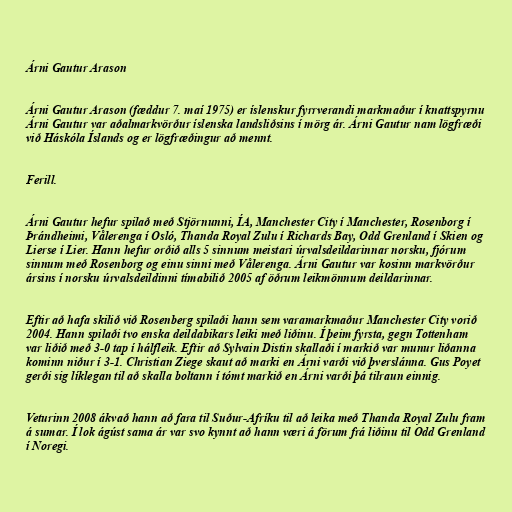
Árni Gautur Arason

Árni Gautur Arason (fæddur 7. maí 1975) er íslenskur fyrrverandi markmaður í knattspyrnu
Árni Gautur var aðalmarkvörður íslenska landsliðsins í mörg ár. Árni Gautur nam lögfræði
við Háskóla Íslands og er lögfræðingur að mennt.

Ferill.

Árni Gautur hefur spilað með Stjörnunni, ÍA, Manchester City í Manchester, Rosenborg í
Þrándheimi, Vålerenga í Osló, Thanda Royal Zulu í Richards Bay, Odd Grenland í Skien og
Lierse í Lier. Hann hefur orðið alls 5 sinnum meistari úrvalsdeildarinnar norsku, fjórum
sinnum með Rosenborg og einu sinni með Vålerenga. Árni Gautur var kosinn markvörður
ársins í norsku úrvalsdeildinni tímabilið 2005 af öðrum leikmönnum deildarinnar.

Eftir að hafa skilið við Rosenberg spilaði hann sem varamarkmaður Manchester City vorið
2004. Hann spilaði tvo enska deildabikars leiki með liðinu. Í þeim fyrsta, gegn Tottenham
var liðið með 3-0 tap í hálfleik. Eftir að Sylvain Distin skallaði í markið var munur liðanna
kominn niður í 3-1. Christian Ziege skaut að marki en Árni varði við þverslánna. Gus Poyet
gerði sig líklegan til að skalla boltann í tómt markið en Árni varði þá tilraun einnig.

Veturinn 2008 ákvað hann að fara til Suður-Afríku til að leika með Thanda Royal Zulu fram
á sumar. Í lok ágúst sama ár var svo kynnt að hann væri á förum frá liðinu til Odd Grenland
í Noregi.